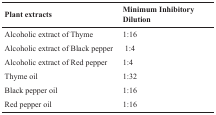
<table><thead><tr><td><b>Plant extracts</b></td><td><b>Minimum InhibitoryDilution</b></td></tr></thead><tbody><tr><td>Alcoholic extract of Thyme</td><td>1:16</td></tr><tr><td>Alcoholic extract of Black pepper</td><td>1:4</td></tr><tr><td>Alcoholic extract of Red pepper</td><td>1:4</td></tr><tr><td>Thyme oil</td><td>1:32</td></tr><tr><td>Black pepper oil</td><td>1:16</td></tr><tr><td>Red pepper oil</td><td>1:16</td></tr></tbody></table>